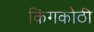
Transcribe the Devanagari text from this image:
किंगकोठी